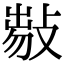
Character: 𢾈